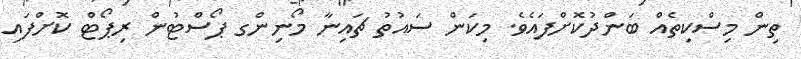
ތިން މިސްކިތެއް ބަންދުކޮށްފައެވެ. މިކަން ސައުތު ޗައިނާ މޯނިންގ ޕޯސްޓުން ރިޕޯޓް ކޮށްފައި